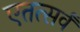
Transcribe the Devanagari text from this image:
एतत्सर्वं